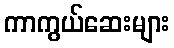
ကာကွယ်ဆေးများ